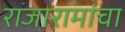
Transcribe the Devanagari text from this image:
राजारामांचा